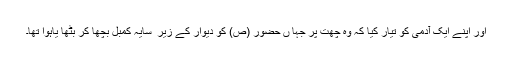
اور اپنے ایک آدمی کو تیار کیا کہ وہ چھت پر جہا ں حضور (ص) کو دیوار کے زیر ِ سایہ کمبل بچھا کر بٹھا یاہوا تھا۔